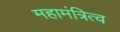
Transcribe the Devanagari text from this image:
महामंत्रित्व